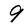
Character: 9